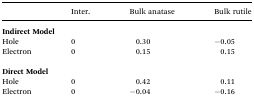
|  | Inter. | Bulk anatase | Bulk rutile |
 | --- | --- | --- | --- |
 | <COLSPAN=4> Indirect Model |
 | Hole | 0 | 0.30 | –0.05 |
 | Electron | 0 | 0.15 | 0.15 |
 | <COLSPAN=4>  |
 | <COLSPAN=4> Direct Model |
 | Hole | 0 | 0.42 | 0.11 |
 | Electron | 0 | –0.04 | –0.16 |